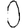
Digit: 0